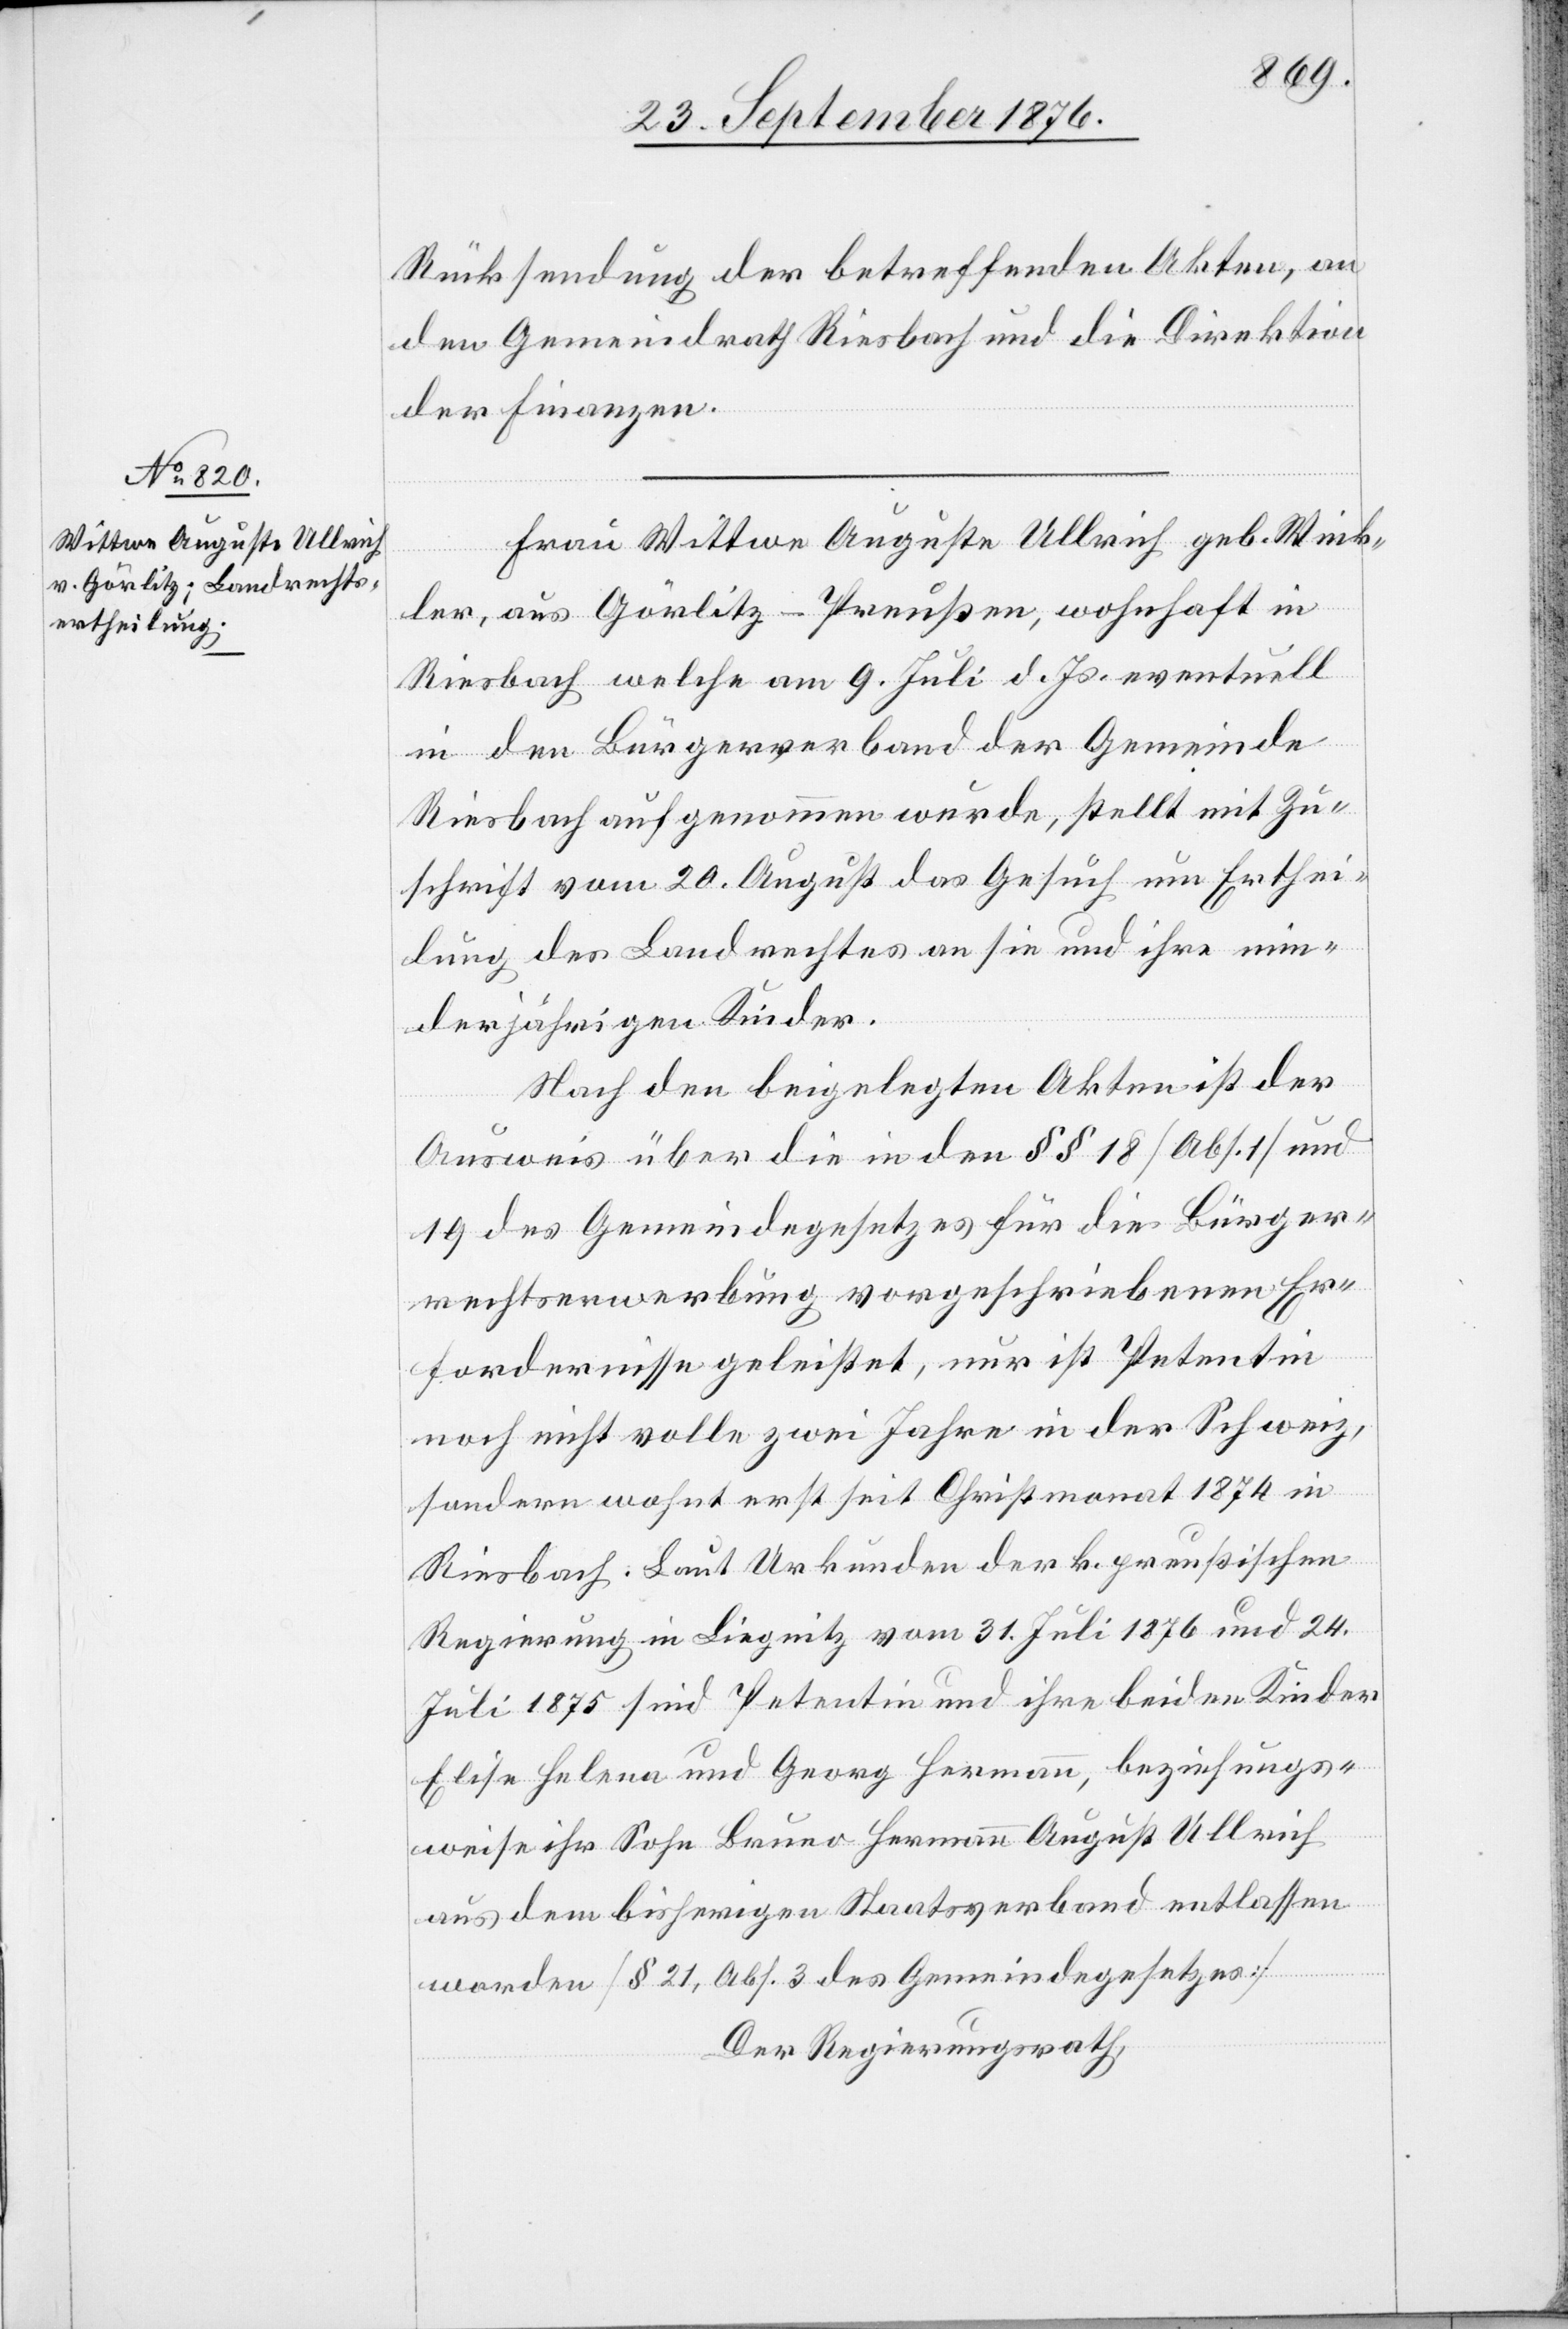
Rücksendung der betreffenden Akten, an
den Gemeindrath Riesbach und die Direktion
der Finanzen.
Frau Wittwe Auguste Ullrich geb. Wink¬
ler, aus Görlitz - Preußen, wohnhaft in
Riesbach welche am 9. Juli d. Js. eventuell
in den Bürgerverband der Gemeinde
Riesbach aufgenommen wurde, stellt mit Zu¬
schrift vom 20. August das Gesuch um Erthei¬
lung des Landrechtes an sie und ihre min¬
derjährigen Kinder.
Nach den beigelegten Akten ist der
Ausweis über die in den §§ 18 [Abs. 1] und
19 des Gemeindegesetzes für die Bürger¬
rechtserwerbung vorgeschriebenen Er¬
fordernisse geleistet, nur ist Petentin
noch nicht volle zwei Jahre in der Schweiz,
sondern wohnt erst seit Christmonat 1874 in
Riesbach: laut Urkunde der k. preußischen
Regierung in Liegnitz vom 31. Juli 1876 und 24.
Juli 1875 sind Petentin und ihre beiden Kinder
Elisa Helena und Georg Hermann, beziehungs¬
weise ihr Sohn Bruno Hermann August Ullrich
aus dem bisherigen Staatsverband entlassen
worden [§ 21, Abs. 3 des Gemeindegesetzes][.]
Der Regierungsrath,